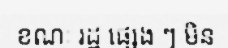
ខណៈ រដ្ឋ ផ្សេង ៗ មិន